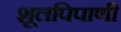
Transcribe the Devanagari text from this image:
शूलपिपाणी